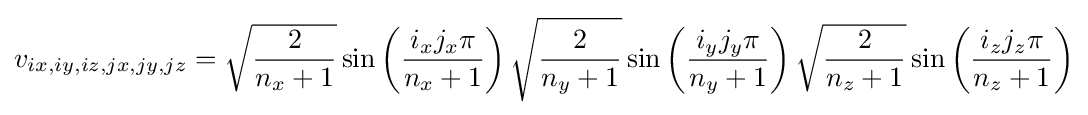
v_{ix,iy,iz,jx,jy,jz}={\sqrt {\frac {2}{n_{x}+1}}}\sin \left({\frac {i_{x}j_{x}\pi }{n_{x}+1}}\right){\sqrt {\frac {2}{n_{y}+1}}}\sin \left({\frac {i_{y}j_{y}\pi }{n_{y}+1}}\right){\sqrt {\frac {2}{n_{z}+1}}}\sin \left({\frac {i_{z}j_{z}\pi }{n_{z}+1}}\right)